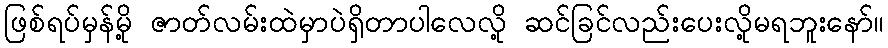
ဖြစ်ရပ်မှန်မို့ ဇာတ်လမ်းထဲမှာပဲရှိတာပါလေလို့ ဆင်ခြင်လည်းပေးလို့မရဘူးနော်။